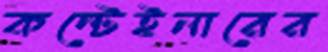
কন্টেইনারের